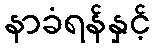
နာခံရန်နှင့်